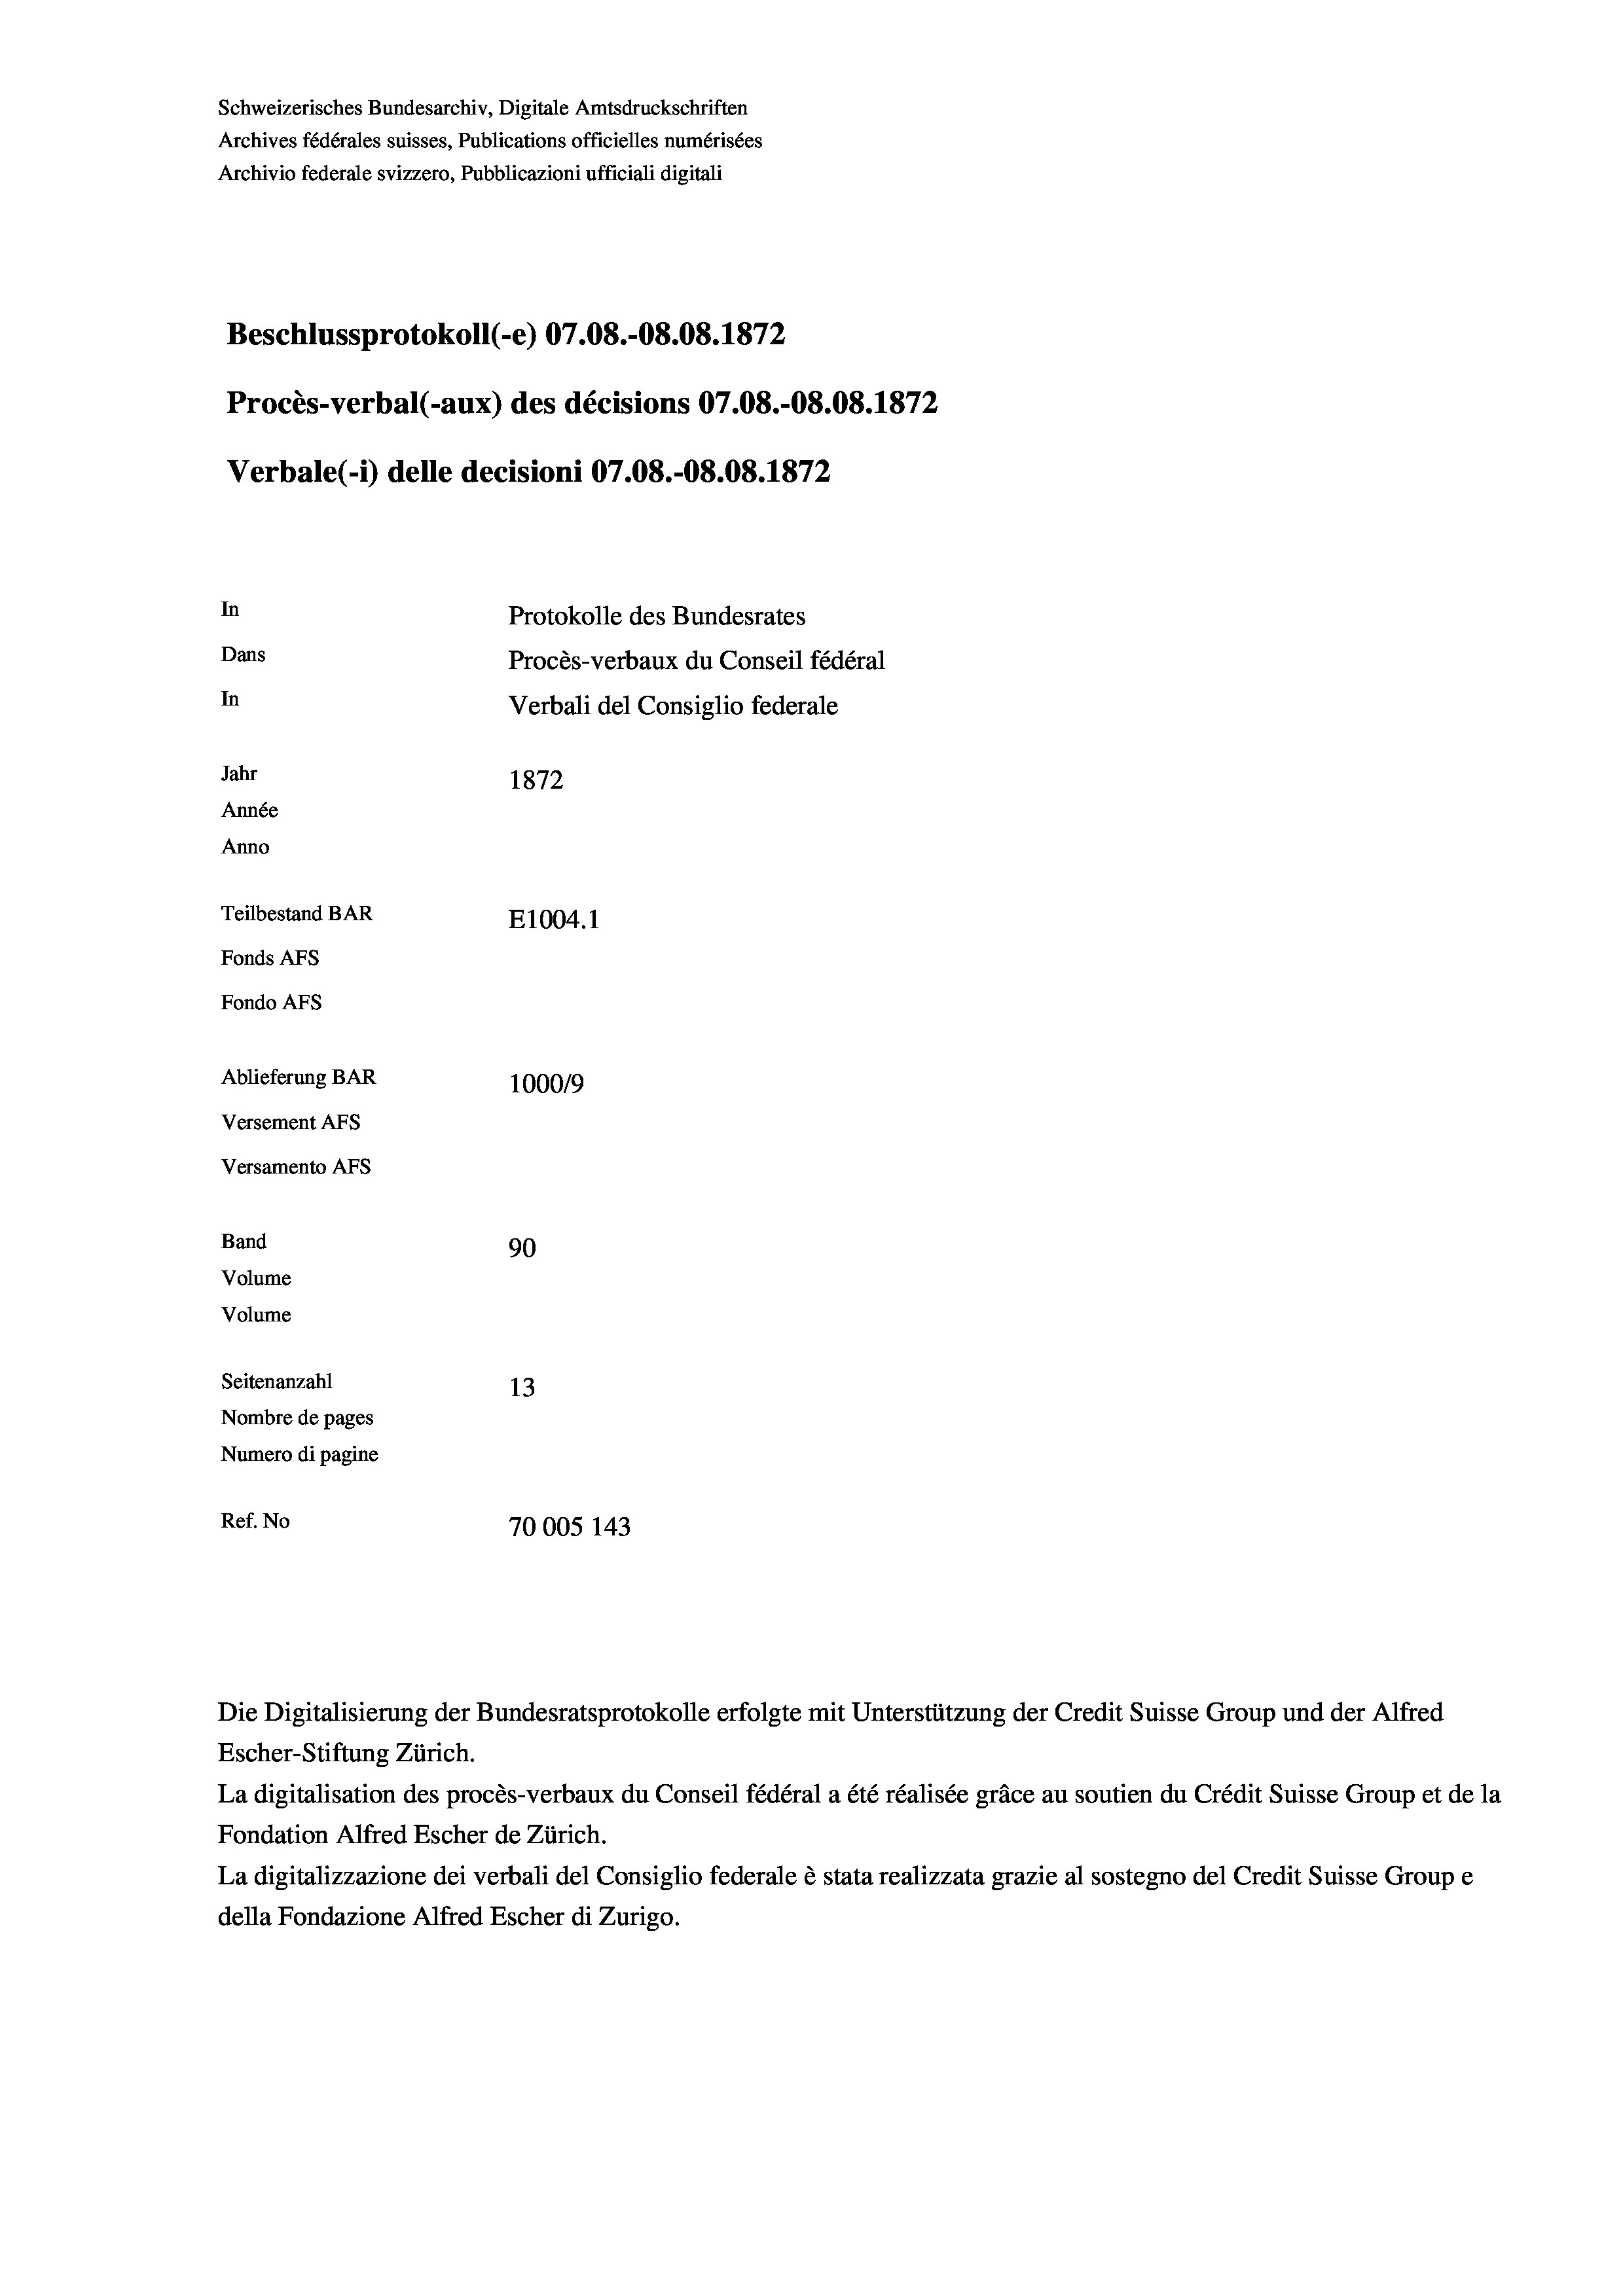
Schweizerisches Bundesarchiv, Digitale Amtsdruckschriften
Archives fédérales suisses, Publications officielles numérisées
Archivio federale svizzero, Pubblicazioni ufficiali digitali
Beschlussprotokoll (-e) 07.08.-08.08. 1872
Procès-verbal (-aux) des décisions 07.08.-O8.08. 1872
Verbale (i) delle decisioni 07.08.-08.08. 1872
In
Protokolle des Bundesrates
Dans
Procès-verbaux du Conseil fédéral
In
Verbali del Consiglio federale
Jahr
1872
Année
Anno
Teilbestand BAR
E1004. 1
Fonds AFs
Fondo Afs
Ablieferung BAR
100019
Versement AFs
Versamento AFs
Band
90
Volume
Volume
Seitenanzahl
13
Nombre de pages
Numero di pagine
Ref. No
70005 143

Escher-Stiftung Zürich.
La digitalisation des procès-verbaux du Conseil fédéral a été réalisée gräce au soutien du Crédit Suisse Group et de la
Fondation Alfred Escher de Zürich.
La digitalizzazione dei verbali del Consiglio federale è stata realizzata grazie al sostegno del Credit Suisse Groupe
della Fondazione Alfred Escher di Zurigo.

Die Digitalisierung der Bundesratsprotokolle erfolgte mit Unterstützung der Credit Suisse Group und der Alfred